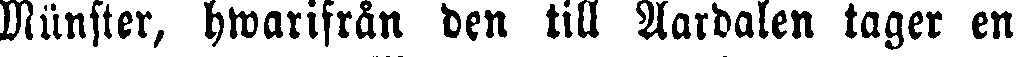
Münster, hwarifrån den till Aardalen tager en